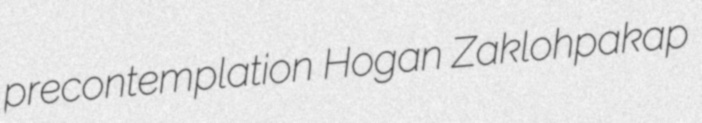
precontemplation Hogan Zaklohpakap